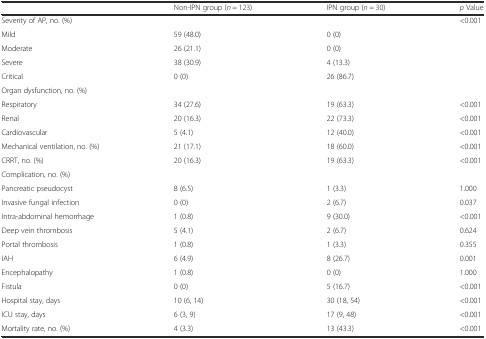
<table><thead><tr><td>[EMPTY_CELL]</td><td><b>Non-IPN group (<i>n</i> = 123)</b></td><td><b>IPN group (<i>n</i> = 30)</b></td><td><b><i>p</i> Value</b></td></tr></thead><tbody><tr><td>Severity of AP, no. (%)</td><td>[EMPTY_CELL]</td><td>[EMPTY_CELL]</td><td>&lt;0.001</td></tr><tr><td>Mild</td><td>59 (48.0)</td><td>0 (0)</td><td>[EMPTY_CELL]</td></tr><tr><td>Moderate</td><td>26 (21.1)</td><td>0 (0)</td><td>[EMPTY_CELL]</td></tr><tr><td>Severe</td><td>38 (30.9)</td><td>4 (13.3)</td><td>[EMPTY_CELL]</td></tr><tr><td>Critical</td><td>0 (0)</td><td>26 (86.7)</td><td>[EMPTY_CELL]</td></tr><tr><td colspan="4">Organ dysfunction, no. (%)</td></tr><tr><td>Respiratory</td><td>34 (27.6)</td><td>19 (63.3)</td><td>&lt;0.001</td></tr><tr><td>Renal</td><td>20 (16.3)</td><td>22 (73.3)</td><td>&lt;0.001</td></tr><tr><td>Cardiovascular</td><td>5 (4.1)</td><td>12 (40.0)</td><td>&lt;0.001</td></tr><tr><td>Mechanical ventilation, no. (%)</td><td>21 (17.1)</td><td>18 (60.0)</td><td>&lt;0.001</td></tr><tr><td>CRRT, no. (%)</td><td>20 (16.3)</td><td>19 (63.3)</td><td>&lt;0.001</td></tr><tr><td colspan="4">Complication, no. (%)</td></tr><tr><td>Pancreatic pseudocyst</td><td>8 (6.5)</td><td>1 (3.3)</td><td>1.000</td></tr><tr><td>Invasive fungal infection</td><td>0 (0)</td><td>2 (6.7)</td><td>0.037</td></tr><tr><td>Intra-abdominal hemorrhage</td><td>1 (0.8)</td><td>9 (30.0)</td><td>&lt;0.001</td></tr><tr><td>Deep vein thrombosis</td><td>5 (4.1)</td><td>2 (6.7)</td><td>0.624</td></tr><tr><td>Portal thrombosis</td><td>1 (0.8)</td><td>1 (3.3)</td><td>0.355</td></tr><tr><td>IAH</td><td>6 (4.9)</td><td>8 (26.7)</td><td>0.001</td></tr><tr><td>Encephalopathy</td><td>1 (0.8)</td><td>0 (0)</td><td>1.000</td></tr><tr><td>Fistula</td><td>0 (0)</td><td>5 (16.7)</td><td>&lt;0.001</td></tr><tr><td>Hospital stay, days</td><td>10 (6, 14)</td><td>30 (18, 54)</td><td>&lt;0.001</td></tr><tr><td>ICU stay, days</td><td>6 (3, 9)</td><td>17 (9, 48)</td><td>&lt;0.001</td></tr><tr><td>Mortality rate, no. (%)</td><td>4 (3.3)</td><td>13 (43.3)</td><td>&lt;0.001</td></tr></tbody></table>